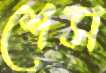
শেস